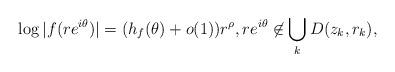
LaTeX: \begin{align*}\log |f(re^{i\theta})|= (h_f(\theta)+o(1))r^{\rho},re^{i\theta}\not\in\bigcup_k D(z_k,r_k),\end{align*}